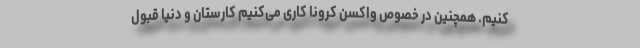
کنیم. همچنین در خصوص واکسن کرونا کاری می‌کنیم کارستان و دنیا قبول